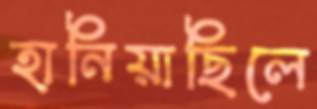
হানিয়াছিলে